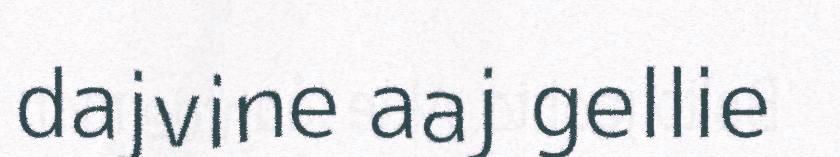
dajvine aaj gellie